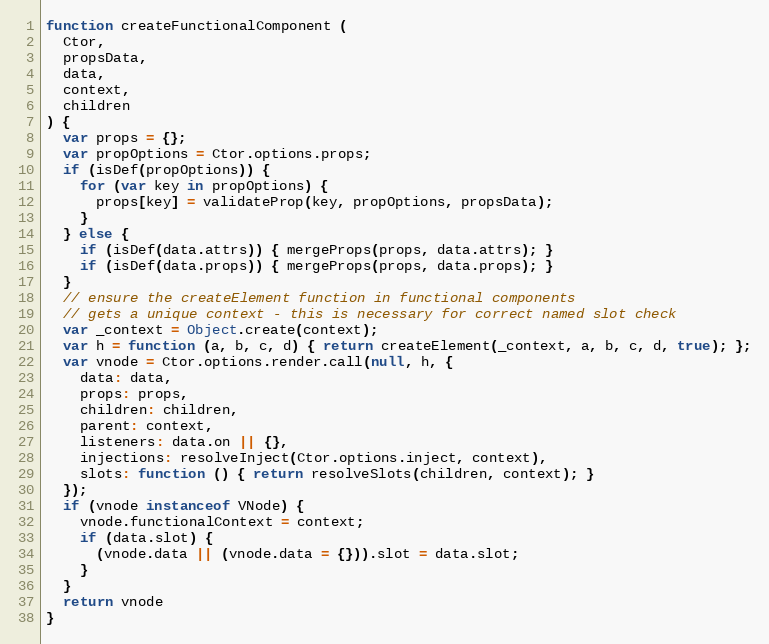
Language: JavaScript
function createFunctionalComponent (
  Ctor,
  propsData,
  data,
  context,
  children
) {
  var props = {};
  var propOptions = Ctor.options.props;
  if (isDef(propOptions)) {
    for (var key in propOptions) {
      props[key] = validateProp(key, propOptions, propsData);
    }
  } else {
    if (isDef(data.attrs)) { mergeProps(props, data.attrs); }
    if (isDef(data.props)) { mergeProps(props, data.props); }
  }
  // ensure the createElement function in functional components
  // gets a unique context - this is necessary for correct named slot check
  var _context = Object.create(context);
  var h = function (a, b, c, d) { return createElement(_context, a, b, c, d, true); };
  var vnode = Ctor.options.render.call(null, h, {
    data: data,
    props: props,
    children: children,
    parent: context,
    listeners: data.on || {},
    injections: resolveInject(Ctor.options.inject, context),
    slots: function () { return resolveSlots(children, context); }
  });
  if (vnode instanceof VNode) {
    vnode.functionalContext = context;
    if (data.slot) {
      (vnode.data || (vnode.data = {})).slot = data.slot;
    }
  }
  return vnode
}